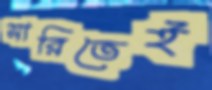
সারিতেই